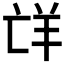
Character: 𮊤